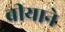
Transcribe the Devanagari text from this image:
बीयाने